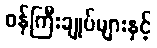
ဝန်ကြီးချုပ်များနှင့်